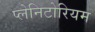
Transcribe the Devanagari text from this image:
प्लेनिटोरियम